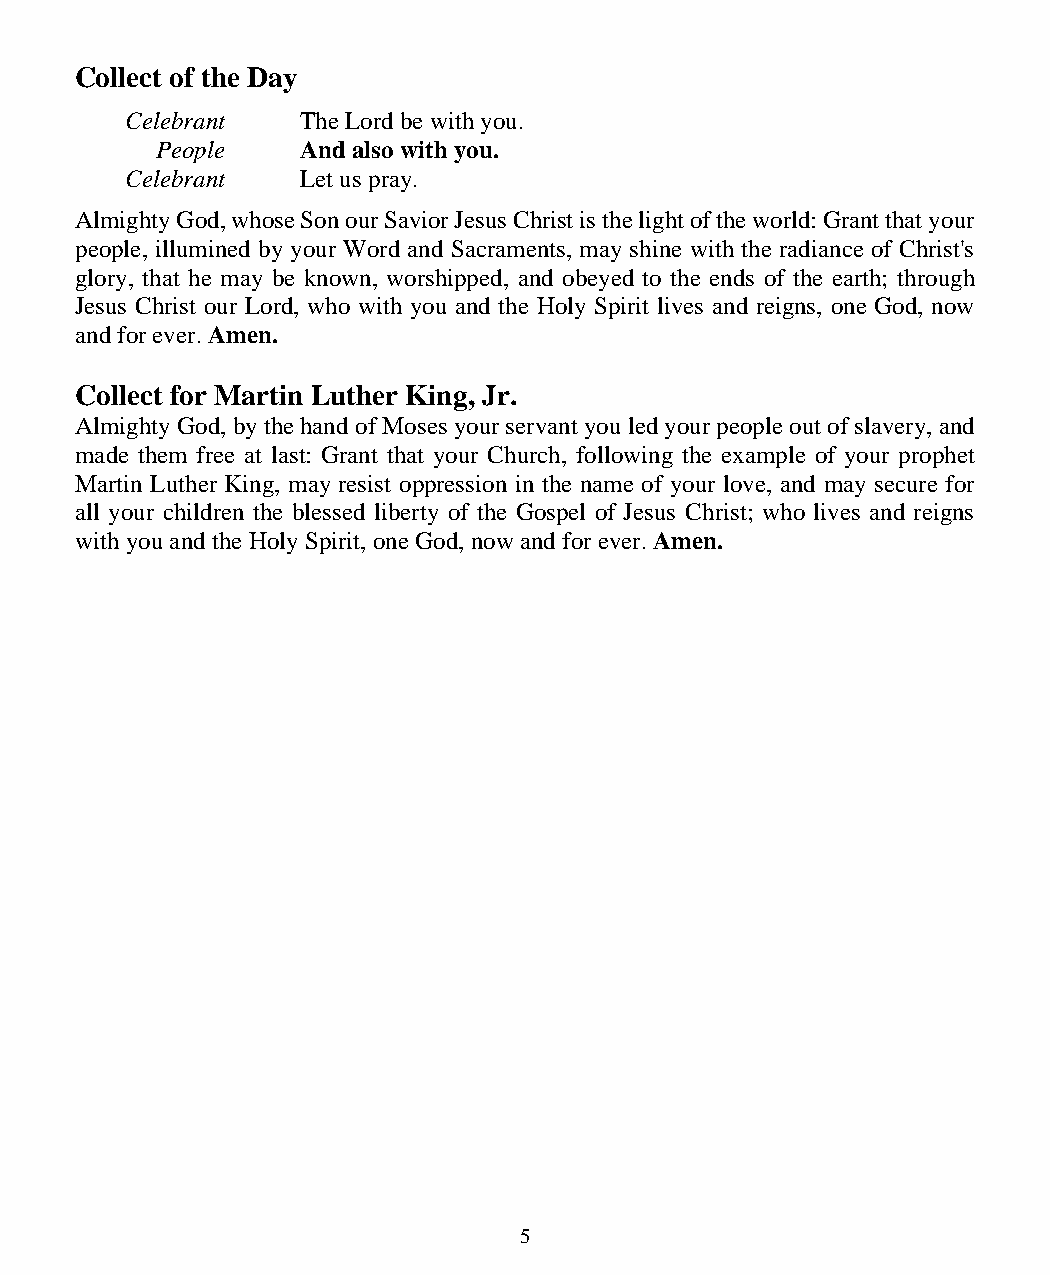
Collect of the Day
 Celebrant   The Lord be with you.
 People    And also with you.
 Celebrant   Let us pray.
 Almighty God, whose Son our Savior Jesus Christ is the light of the world: Grant that your
 people, illumined by your Word and Sacraments, may shine with the radiance of Christ's
 glory, that he may be known, worshipped, and obeyed to the ends of the earth; through
 Jesus Christ our Lord, who with you and the Holy Spirit lives and reigns, one God, now
 and for ever. Amen.
 Collect for Martin Luther King, Jr.
 Almighty God, by the hand of Moses your servant you led your people out of slavery, and
 made them free at last: Grant that your Church, following the example of your prophet
 Martin Luther King, may resist oppression in the name of your love, and may secure for
 all your children the blessed liberty of the Gospel of Jesus Christ; who lives and reigns
 with you and the Holy Spirit, one God, now and for ever. Amen.
 5